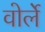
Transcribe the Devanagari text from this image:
वोर्ले